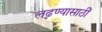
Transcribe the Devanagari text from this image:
लढण्यासाठीं